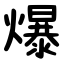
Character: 爆